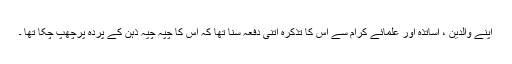
اپنے والدین ، اساتذہ اور علمائے کرام سے اس کا تذکرہ اتنی دفعہ سنا تھا کہ اس کا چپہ چپہ ذہن کے پردہ پرچھپ چکا تھا ۔